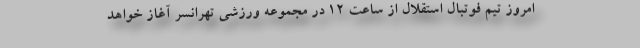
امروز تیم فوتبال استقلال از ساعت 12 در مجموعه ورزشی تهرانسر آغاز خواهد